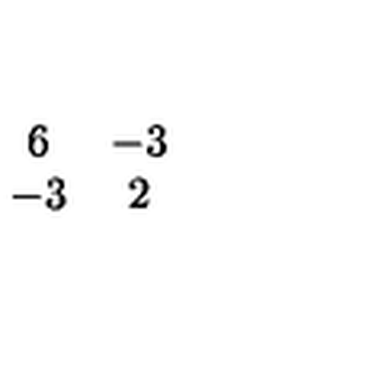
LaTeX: \begin{array} { c c } { 6 } & { - 3 } \\ { - 3 } & { 2 } \\ \end{array}